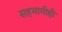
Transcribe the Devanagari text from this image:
सहभागीही